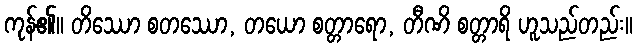
ကုန်၏။ တိဿော စတဿော, တယော စတ္တာရော, တီဏိ စတ္တာရိ ဟူသည်တည်း။